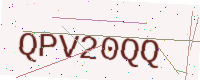
Text: QPV20QQ